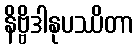
နိဗ္ဗိဒါနုပဿိတာ